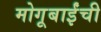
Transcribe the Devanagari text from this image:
मोगूबाईंची